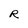
Character: R